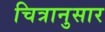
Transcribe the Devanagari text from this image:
चित्रानुसार